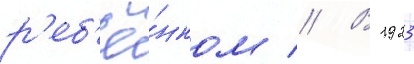
р'еб'ё́нком // В 1923